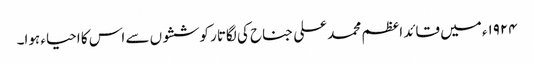
١٩٢۴ء میں قائد اعظم محمد علی جناح کی لگاتار کوششوں سے اس کا احیاء ہوا۔